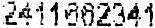
2411662341